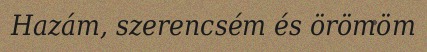
Hazám, szerencsém és örömöm